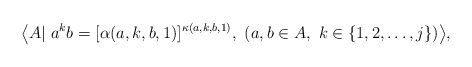
\begin{align*} \big\langle A|\ a^k b=[\alpha(a,k,b,1)]^{\kappa(a,k,b,1)},\ (a,b\in A,\ k\in\{1,2,\dots,j\})\big\rangle, \end{align*}